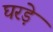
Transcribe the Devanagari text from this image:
घरड़े